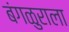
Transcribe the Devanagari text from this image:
बंगळुराला